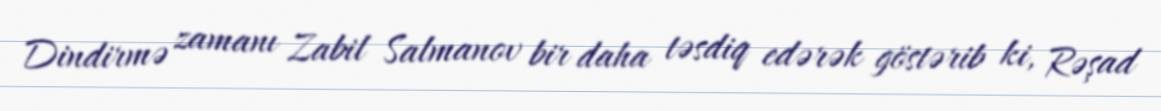
Dindirmə zamanı Zabil Salmanov bir daha təsdiq edərək göstərib ki, Rəşad